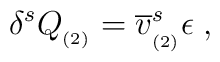
\delta ^sQ_{_{(2)}}=\overline{v}_{_{(2)}}^s\epsilon \;,